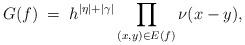
LaTeX: \begin{align*} G(f)\;=\;h^{|\eta|+|\gamma|}\prod_{(x, y)\in E(f)}\nu(x-y),\end{align*}